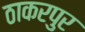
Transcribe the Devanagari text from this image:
ठाकरपुर